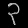
Digit: ၃